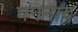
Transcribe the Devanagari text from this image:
घननाद